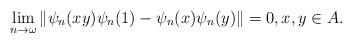
LaTeX: \begin{align*}\lim_{n\rightarrow\omega}\|\psi_n(xy)\psi_n(1)-\psi_n(x)\psi_n(y)\|=0,x,y\in A.\end{align*}